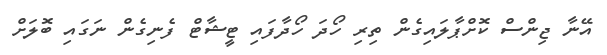
އޭނާ ޖިންސް ކޮށްޕާލައިގެން ތިރި ހޯދަ ހޯދާފައި ޓީޝާޓް ފެނިގެން ނަގައި ބޮލަށް